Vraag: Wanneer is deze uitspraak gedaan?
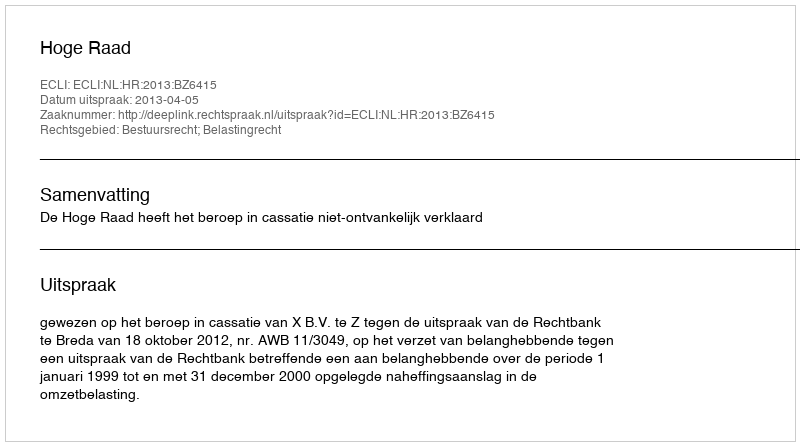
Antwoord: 2013-04-05